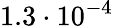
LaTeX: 1.3\cdot 10^{-4}